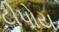
ટીપોય